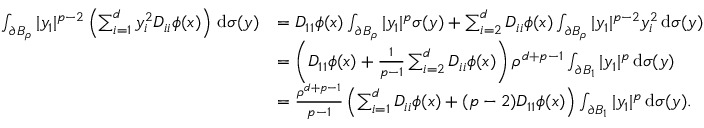
\begin{array} { r l } { \int _ { \partial B _ { \rho } } | y _ { 1 } | ^ { p - 2 } \left( \sum _ { i = 1 } ^ { d } y _ { i } ^ { 2 } D _ { i i } \phi ( x ) \right) \, \mathrm { d } \sigma ( y ) } & { = D _ { 1 1 } \phi ( x ) \int _ { \partial B _ { \rho } } | y _ { 1 } | ^ { p } \sigma ( y ) + \sum _ { i = 2 } ^ { d } D _ { i i } \phi ( x ) \int _ { \partial B _ { \rho } } | y _ { 1 } | ^ { p - 2 } y _ { i } ^ { 2 } \, \mathrm { d } \sigma ( y ) } \\ & { = \left( D _ { 1 1 } \phi ( x ) + \frac { 1 } { p - 1 } \sum _ { i = 2 } ^ { d } D _ { i i } \phi ( x ) \right) \rho ^ { d + p - 1 } \int _ { \partial B _ { 1 } } | y _ { 1 } | ^ { p } \, \mathrm { d } \sigma ( y ) } \\ & { = \frac { \rho ^ { d + p - 1 } } { p - 1 } \left( \sum _ { i = 1 } ^ { d } D _ { i i } \phi ( x ) + ( p - 2 ) D _ { 1 1 } \phi ( x ) \right) \int _ { \partial B _ { 1 } } | y _ { 1 } | ^ { p } \, \mathrm { d } \sigma ( y ) . } \end{array}